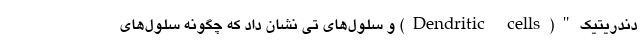
دندریتیک"(Dendritic cells) و سلول‌های تی نشان داد که چگونه سلول‌های